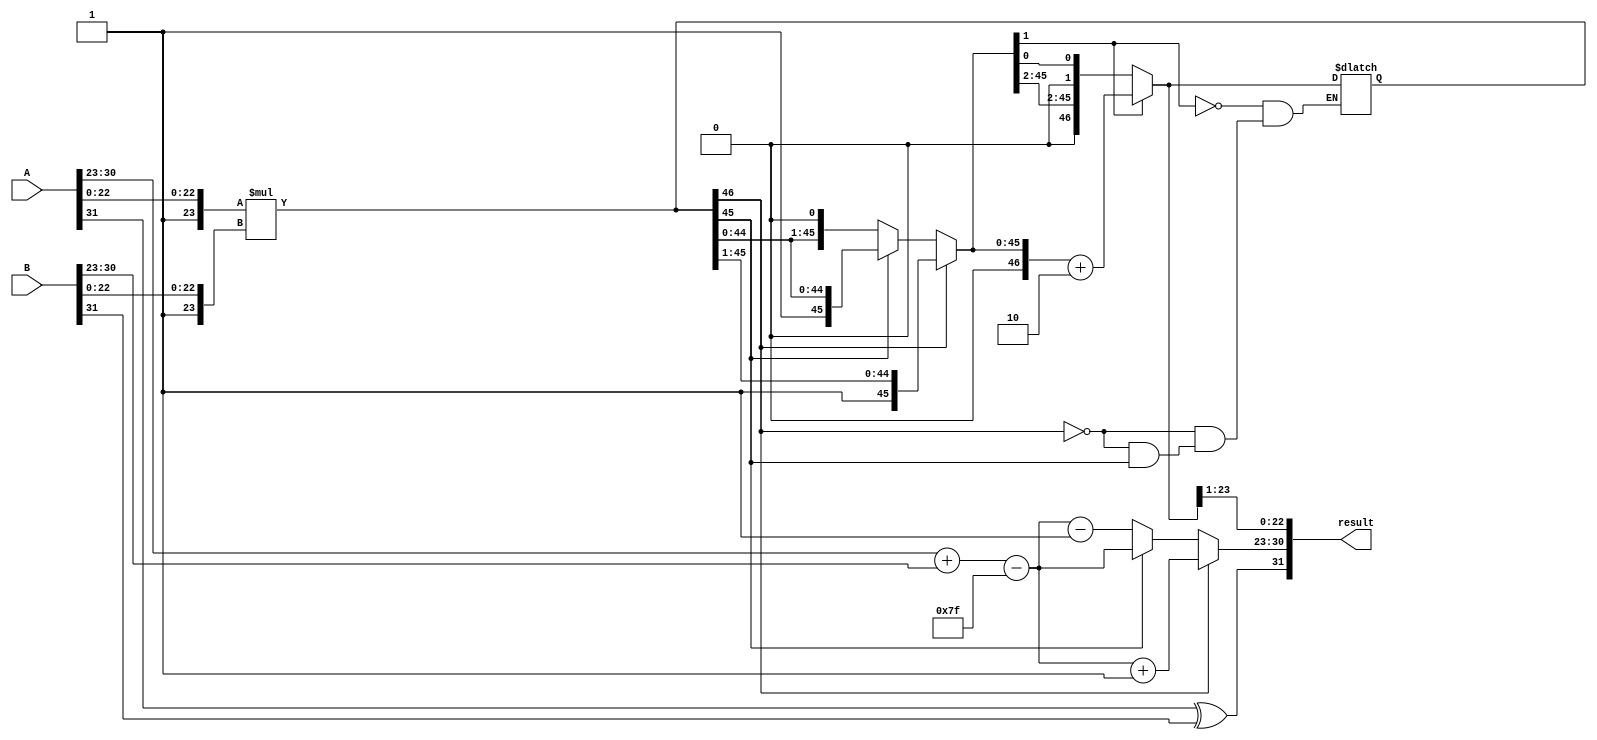
module floating_point_multiplier (
    input [31:0] A,       // Input multiplicand (single precision)
    input [31:0] B,       // Input multiplier (single precision)
    output reg [31:0] result // Output floating-point product (single precision)
);

    // Constants for single precision
    localparam EXPONENT_BIAS = 127;
    localparam FRACTION_WIDTH = 23;

    // Decompose inputs
    wire sign_A = A[31];
    wire sign_B = B[31];
    wire [7:0] exp_A = A[30:23];
    wire [7:0] exp_B = B[30:23];
    wire [FRACTION_WIDTH:0] mant_A = {1'b1, A[22:0]}; // Implicit leading 1 for normalized
    wire [FRACTION_WIDTH:0] mant_B = {1'b1, B[22:0]}; // Implicit leading 1 for normalized

    // Calculate the sign of the result
    wire sign_result = sign_A ^ sign_B;

    // Calculate the exponent of the result
    wire [7:0] exp_result_raw = exp_A + exp_B - EXPONENT_BIAS;
    wire [7:0] exp_result;

    // Mantissa multiplication
    wire [2*FRACTION_WIDTH:0] mant_result_raw = mant_A * mant_B; // 24 x 24 -> 48 bits

    // Normalize mantissa and adjust exponent
    always @(*) begin
        // Initialize default values
        result = 32'b0; // Default output
        exp_result = exp_result_raw;
        
        // Check for normalization and adjust exponent accordingly
        if (mant_result_raw[2*FRACTION_WIDTH] == 1'b1) begin
            // Overflow case
            exp_result = exp_result + 1;
            mant_result_raw = mant_result_raw >> 1; // Shift right
        end else if (mant_result_raw[2*FRACTION_WIDTH-1] == 1'b0) begin
            // Underflow case
            mant_result_raw = mant_result_raw << 1; // Shift left
            exp_result = exp_result - 1;
        end

        // Rounding (round to nearest even)
        if (mant_result_raw[1] == 1'b1) begin
            mant_result_raw = mant_result_raw + 2; // Add rounding bit
        end

        // Assemble the result
        result[31] = sign_result; // Sign bit
        result[30:23] = exp_result; // Exponent
        result[22:0] = mant_result_raw[2*FRACTION_WIDTH-1:1]; // Fraction/mantissa
    end

endmodule